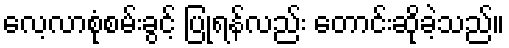
လေ့လာစုံစမ်းခွင့် ပြုရန်လည်း တောင်းဆိုခဲ့သည်။